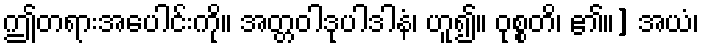
ဤတရားအပေါင်းကို။ အတ္တဝါဒုပါဒါနံ၊ ဟူ၍။ ဝုစ္စတိ၊ ၏။] အယံ၊